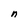
Character: n